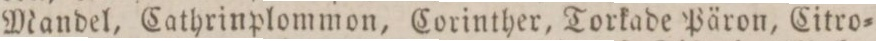
Mandel, Cathrinplommon, Corinther, Torkade Päron, Citro=